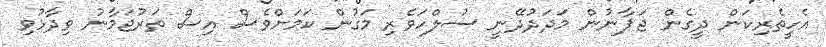
އެހީތެރިކަން ދީގެން ޖަޕާނުން މަދަދުދޭނީ ސުލްހަވެރި މަގުން ކަމަށްވެސް އިސް ތަރުޖަމާނު ވިދާޅުވި